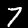
Digit: 7